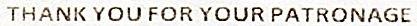
THANK YOU FOR YOUR PATRONAGE